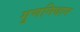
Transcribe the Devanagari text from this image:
गुणनिधान